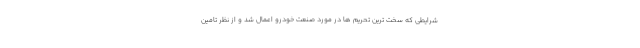
شرايطي كه سخت ترين تحريم ها در مورد صنعت خودرو اعمال شد و از نظر تامين